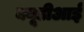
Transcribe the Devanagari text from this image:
क्यूडीआई